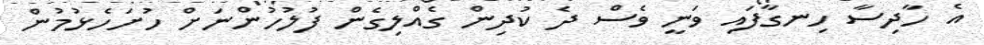
އެ ހާދިސާ ހިނގާފައި ވަނީ ވެސް ދެ ކުދިން ގެއްލިގެން ފުލުހުންނަށް ހުށަހެޅުމުން